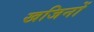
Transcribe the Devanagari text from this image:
खजिनों